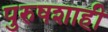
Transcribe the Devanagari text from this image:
पुरुषशाही